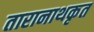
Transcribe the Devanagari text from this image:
तारानाथकृत